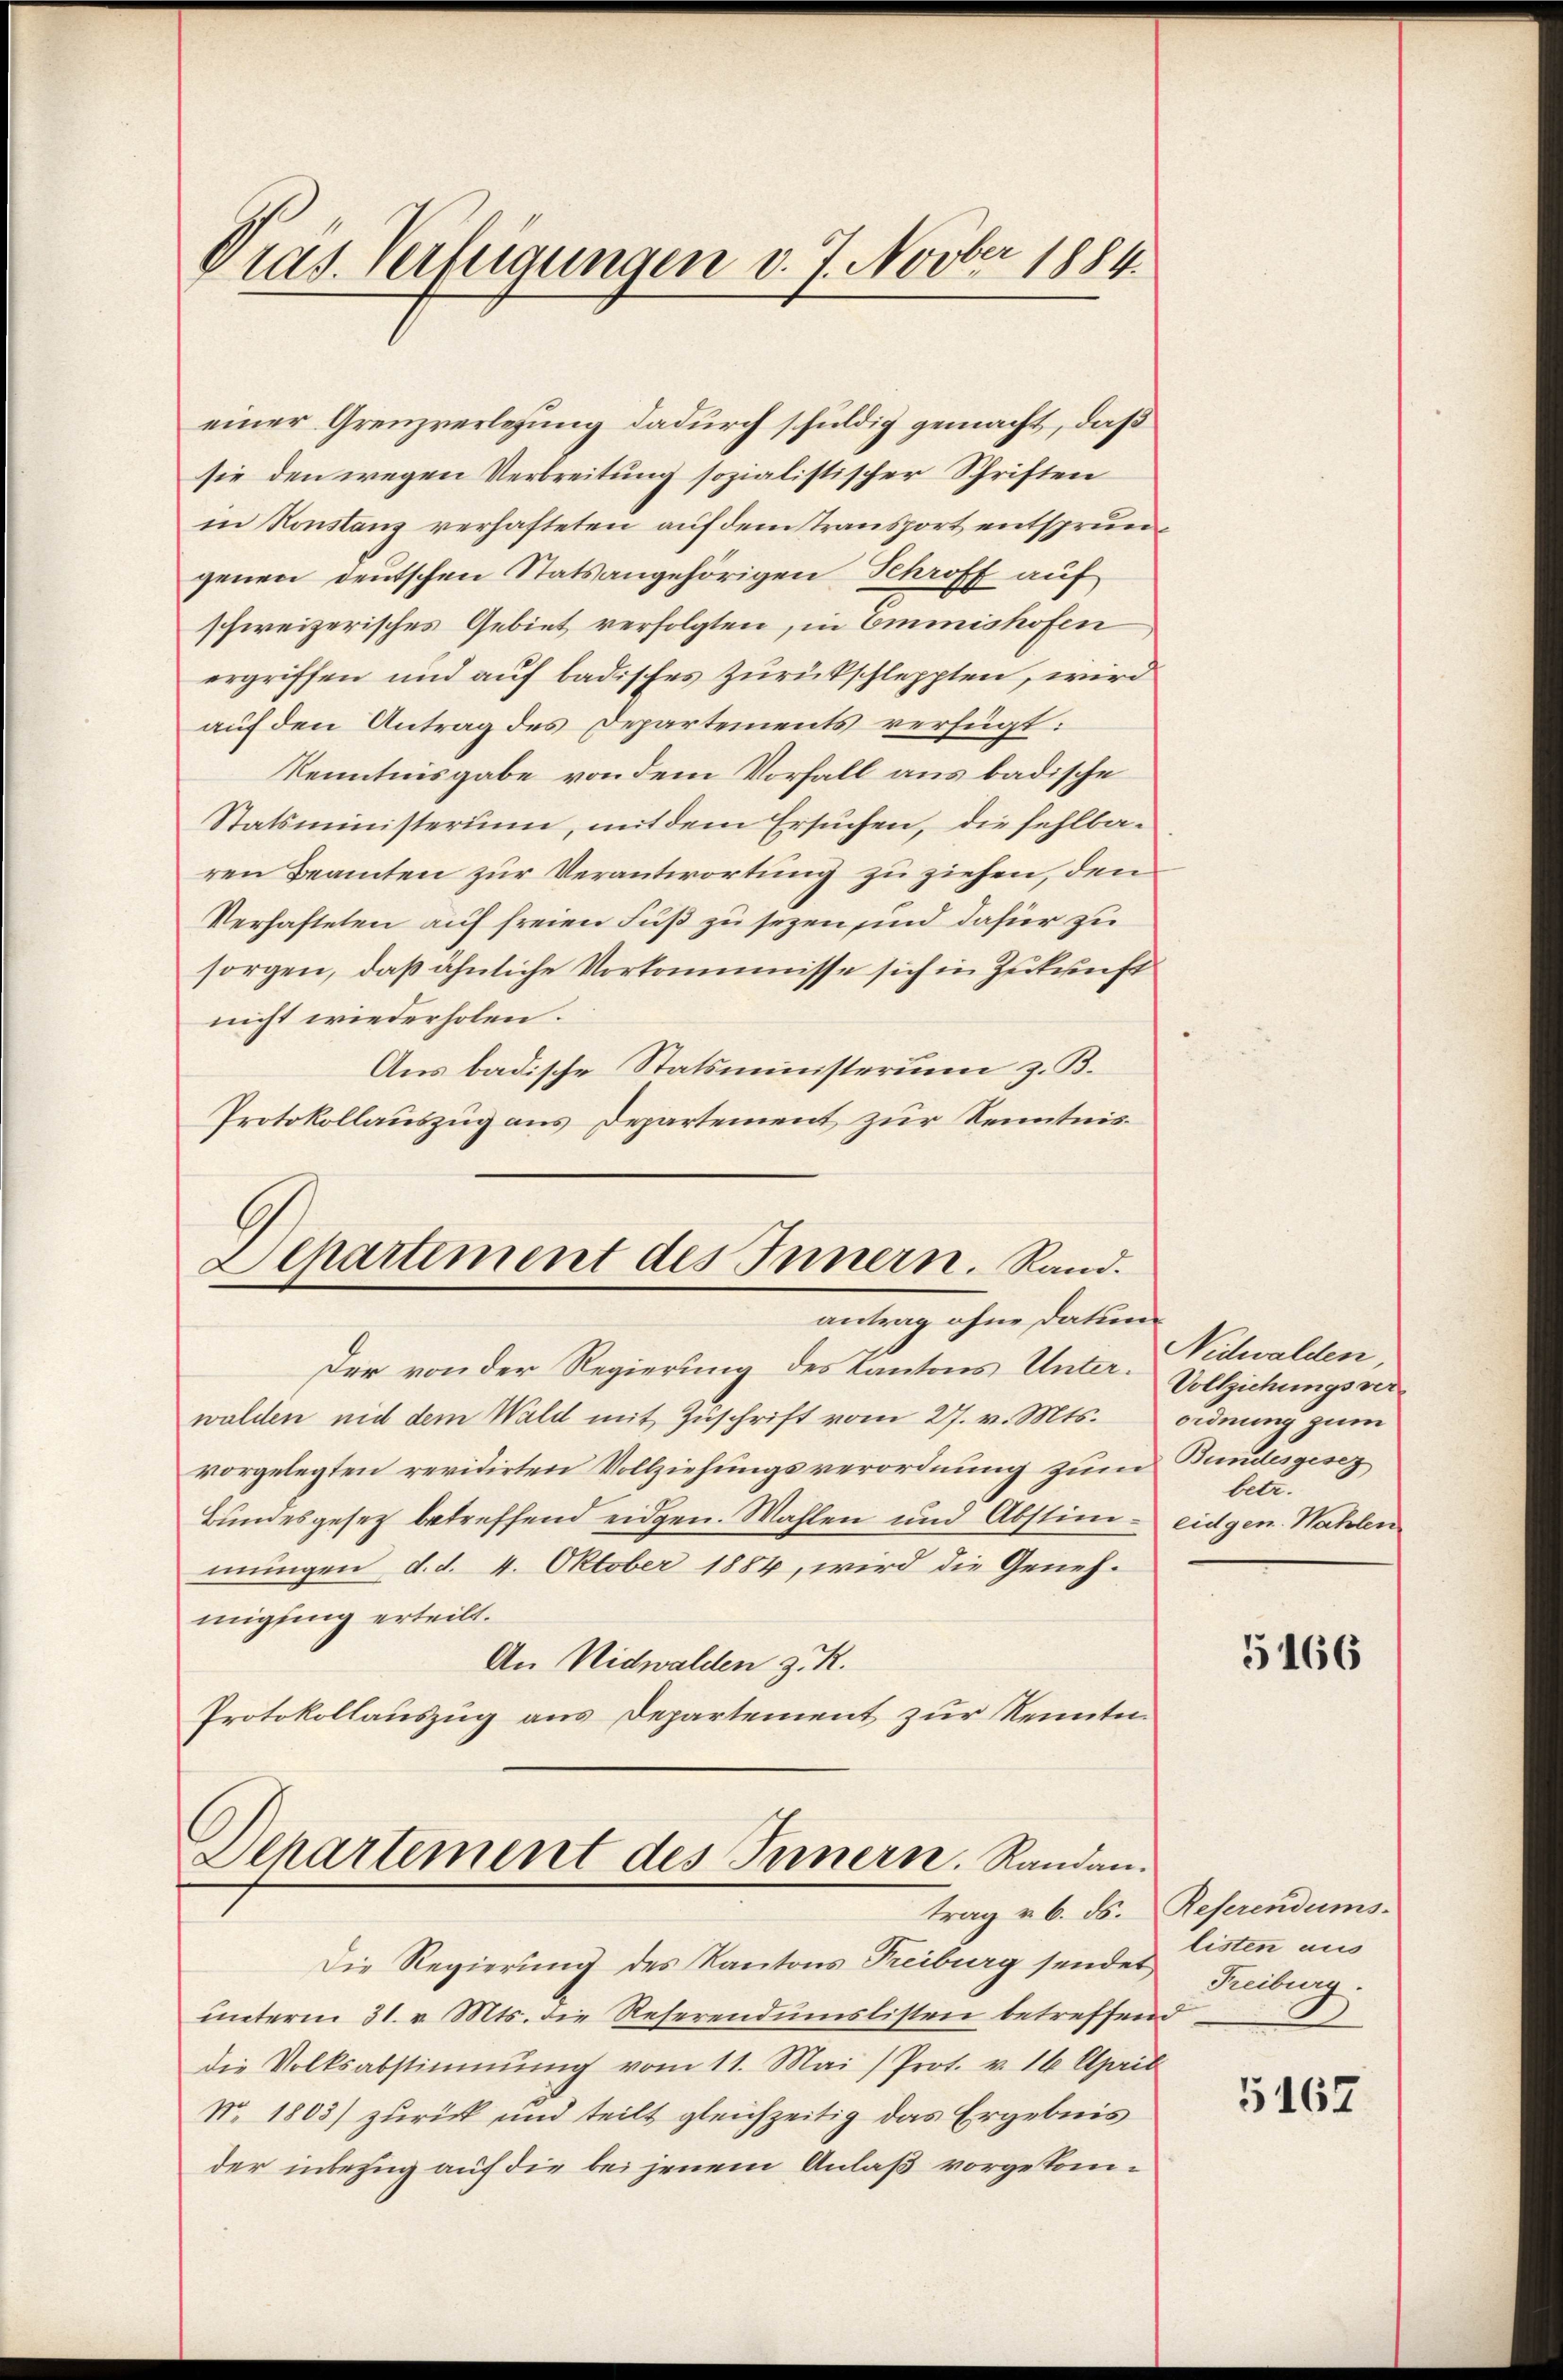
Pras. Verfeigungen v. 7. Novber 1884.

einer Grenzverlesung dadurch schuldig gemacht, daß
sie den wegen Verbreitung sozialistischer Schriften
in Konstanz verhafteten auf dem Transport entsprungenen deutschen Stats angehörigen Schroff auf
schweizerisches Gebiet verfolgten, in Emmishofen
ergriffen und auf badisches Zurückschleppten, wird
auf den Antrag des Departements verfügt:
Kenntnisgabe von dem Vorfall aus badische
Statsministerium, mit dem Ersuchen, die fehlbaren Beamten zur Verantwortung zu ziehen, den
Verhafteten auf freien Fuß zu sezen, und dafür zu
sorgen, daß ähnliche Vorkommisse sich in Zukunft
nicht wiederholen.
Aus badische Statsministerim z. B.
Protokollauszug aus Departement zur Kenntnis¬

Departement des Innern. Rand.
antrag ohne dation

Der von der Regierung des Kantons Unterwalden mit dem Wald mit Zuschrift vom 27. v. Mts.
vorgelegten revidirten Vollziehungsverordnung zum Bundesgesez
Bundesgesetz betreffend eidgen. Wahlen und Abstim- eidgen. Wahlen
mungen, d. d. 4. Oktober 1884, wird die Genehmigung erteilt.
An Nidwalden z. R.
Protokollauszug aus Departement zur Kenntn

Departement des Innern. Randan
trag v. 6. ds. Referendums

Die Regierung des Kantons Treiburg sendet
ŭnterm 31. v. Mts. die Reserendŭmslisten betreffend
die Volksabstimmung vom 11. Mai / Prot. v. 16 April
No. 1803) zurück und teilt gleichzeitig das Ergebnis
der inbezug auf die bei jenem Anlaß vorgekom¬

Nidwalden
Vollziehungsverordnung zum
betr.

5166

listen aus
Freiburg.

5462